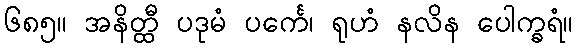
၆၈၅။ အနိတ္ထီ ပဒုမံ ပင်္ကေ၊ ရုဟံ နလိန ပေါက္ခရံ။